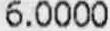
6.0000